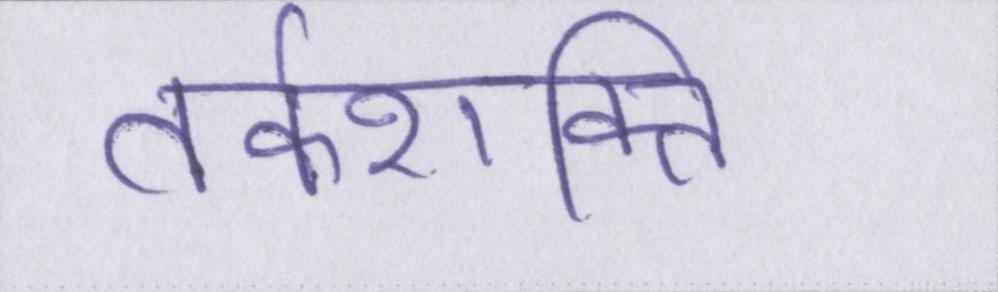
तर्कशक्ति